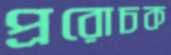
প্ররোচক